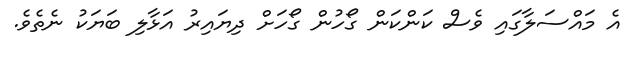
އެ މައްސަލާގައި ވެސް ކަންކަން ގޯހުން ގޯހަށް ދިޔައިރު އަޅާލި ބަޔަކު ނެތެވެ.